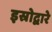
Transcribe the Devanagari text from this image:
इस्रोद्वारे